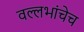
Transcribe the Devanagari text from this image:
वल्लभांचेच